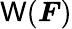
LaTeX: \mathsf{W}({\boldsymbol{F}})